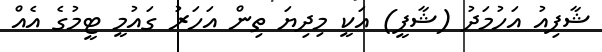
ޝާފިއު އަހުމަދު (ޝާފީ) އަކީ މިދިޔަ ތިން އަހަރު ގައުމީ ޓީމުގެ އެއް